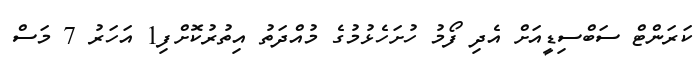
ކަރަންޓް ސަބްސިޑީއަށް އެދި ފޯމު ހުށަހެޅުމުގެ މުއްދަތު އިތުރުކޮށްފި1 އަހަރު 7 މަސް